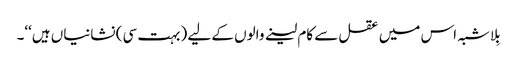
بِلاشبہ اس میں عقل سے کام لینے والوں کے لیے (بہت سی) نشانیاں ہیں‘‘۔